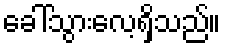
ခေါ်သွားလေ့ရှိသည်။